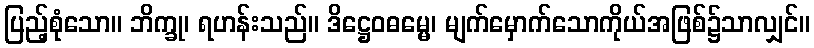
ပြည့်စုံသော။ ဘိက္ခု၊ ရဟန်းသည်။ ဒိဋ္ဌေဝဓမ္မေ၊ မျက်မှောက်သောကိုယ်အဖြစ်၌သာလျှင်။